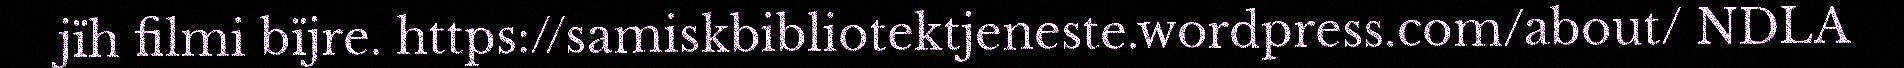
jïh filmi bïjre. https://samiskbibliotektjeneste.wordpress.com/about/ NDLA